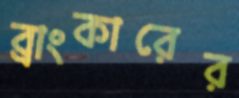
ব্রাংকারের